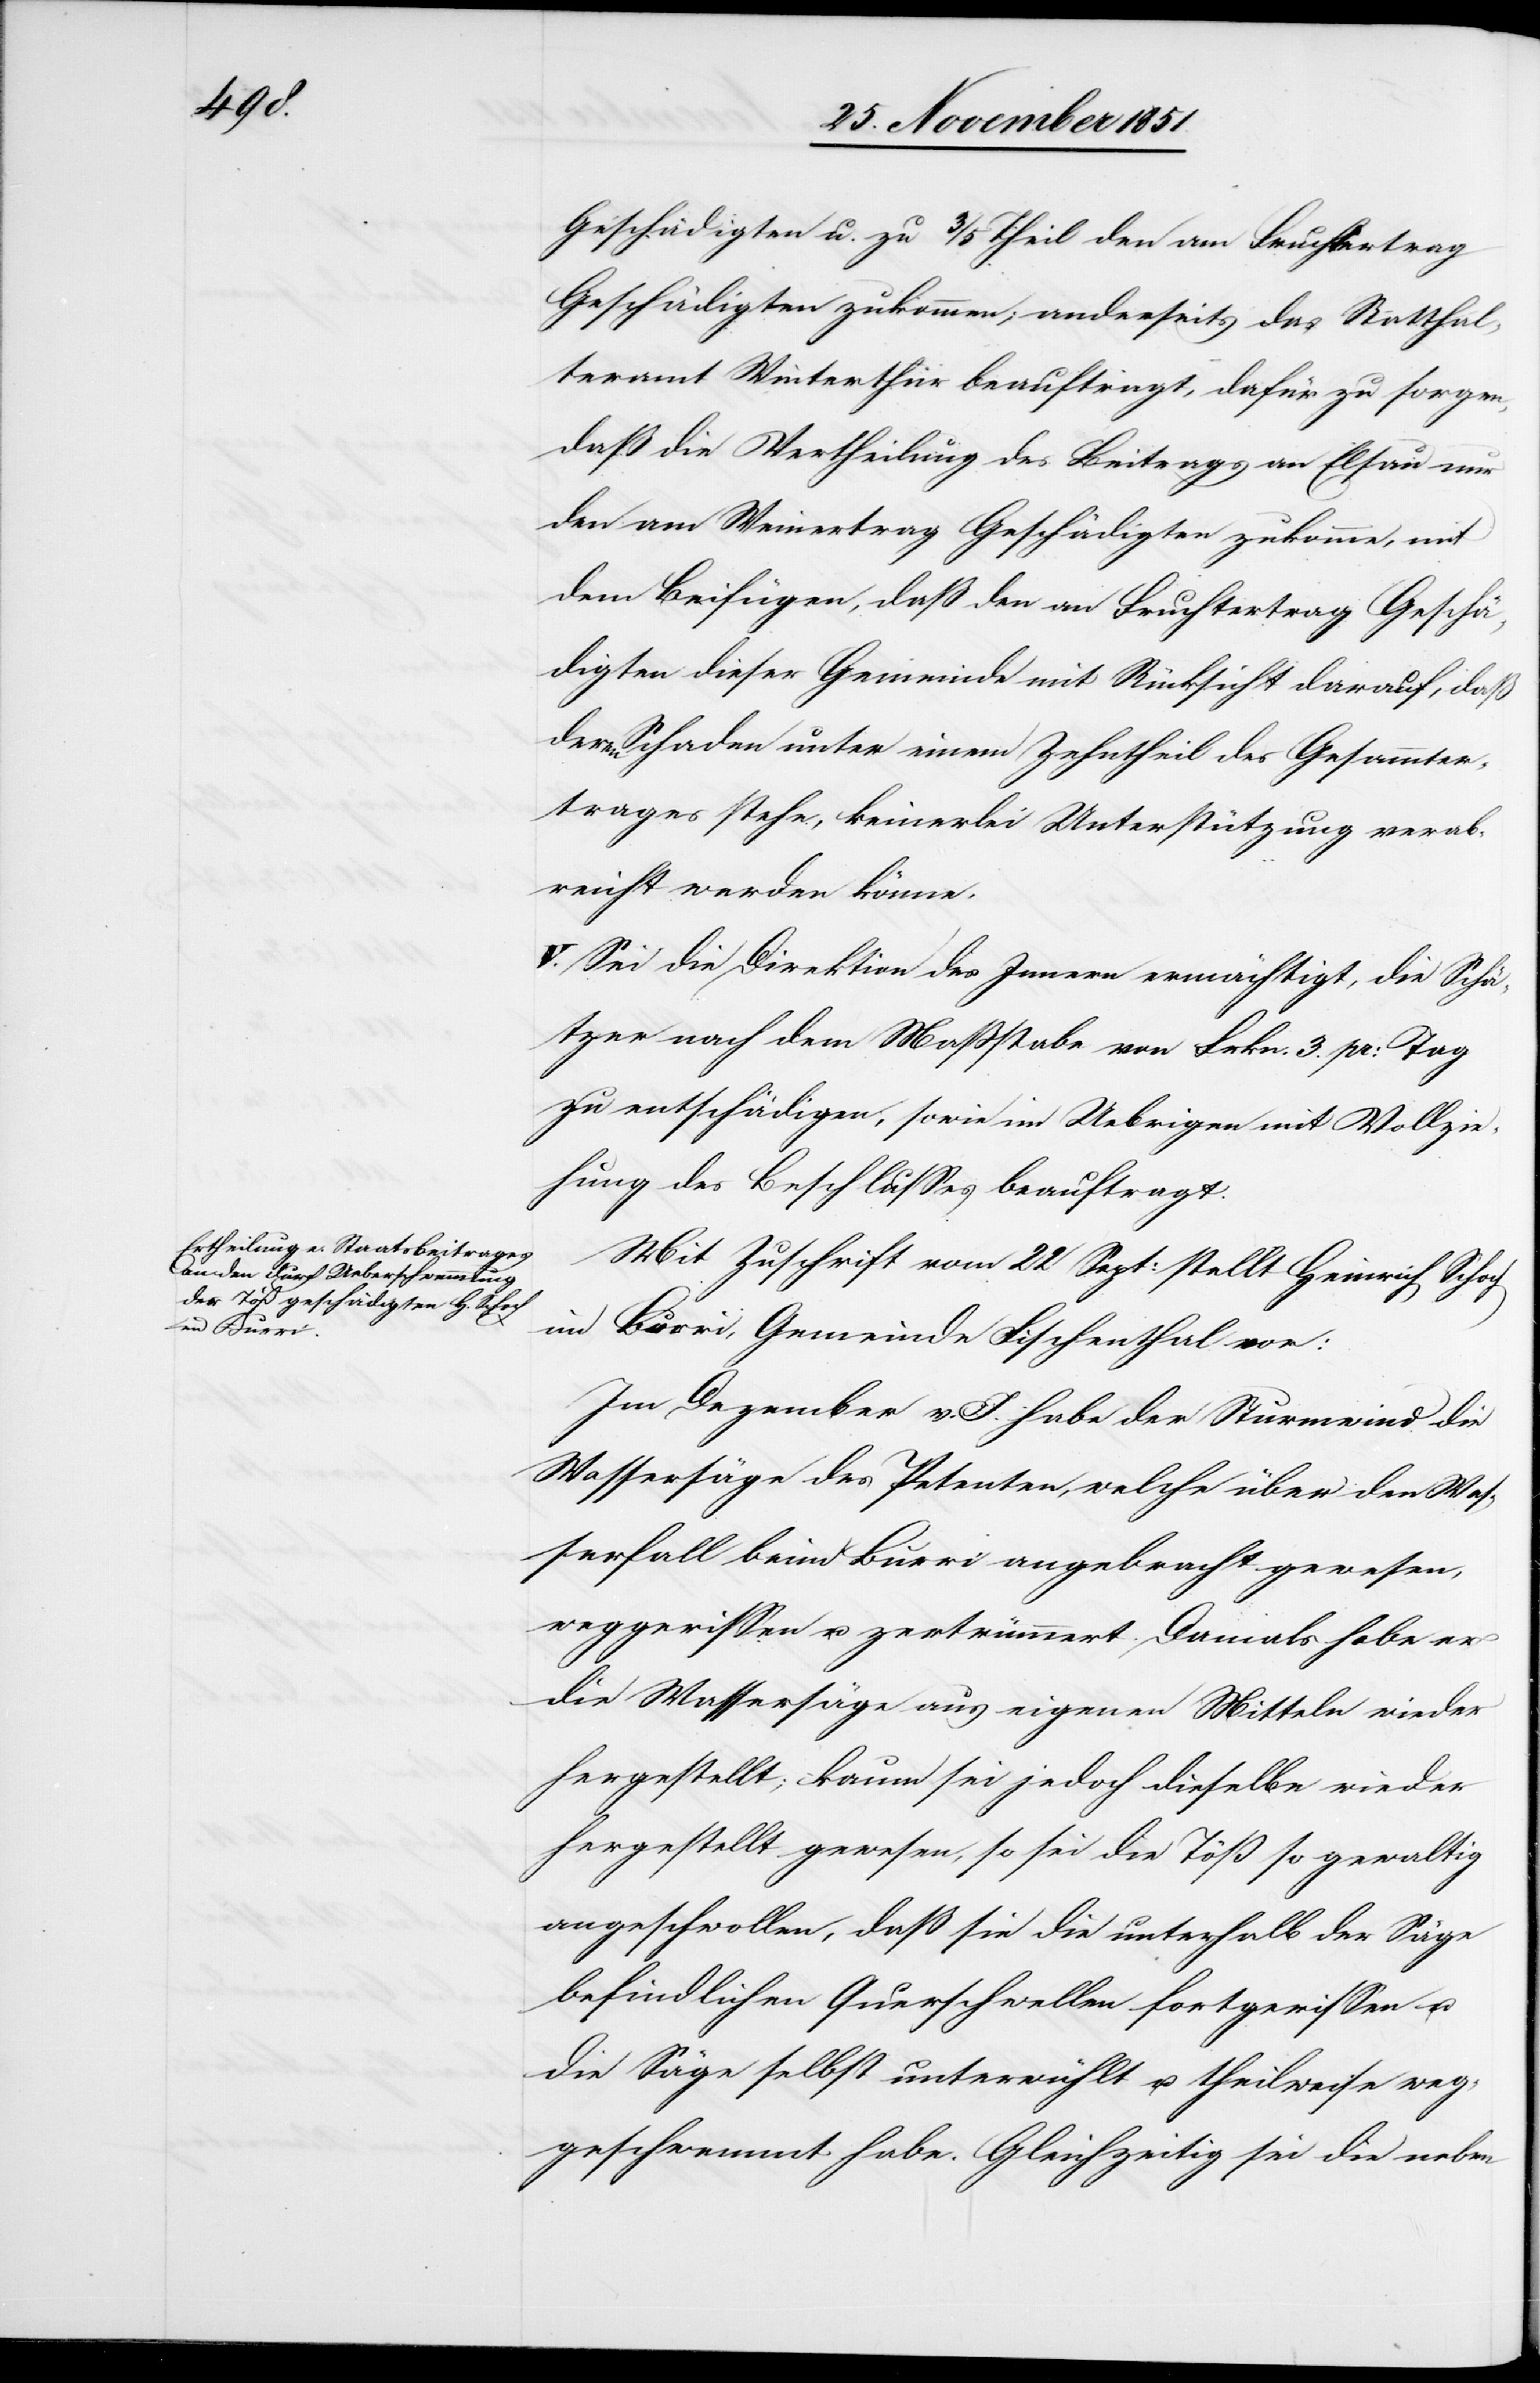
Geschädigten u. zu 3/5 Theil den am Fruchtertrag
Geschädigten zukommen; anderseits das Statthal¬
teramt Winterthur beauftragt, dafür zu sorgen,
daß die Vertheilung des Beitrags an Elsau nur
den am Weinertrag Geschädigten zukomme, mit
dem Beifügen, daß den am Fruchtertrag Geschä¬
digten dieser Gemeinde mit Rücksicht darauf, daß
deren Schaden unter einem Zehntheil des Gesammter¬
trages stehe, keinerlei Unterstützung verab¬
reicht werden könne.
V. Sei die Direktion des Innern ermächtigt, die Schä¬
tzer nach dem Maßstabe von Frkn. 3. pr: Tag
zu entschädigen, sowie im Uebrigen mit Vollzie¬
hung des Beschlusses beauftragt.
Mit Zuschrift vom 22 Sept: stellt Heinrich Schoch
im Burri, Gemeinde Fischenthal vor:
Im Dezember v. J. habe der Sturmwind die
Wassersäge des Petenten, welche über den Was¬
serfall beim Burri angebracht gewesen,
weggerissen u. zertrümmert. Damals habe er
die Wassersäge aus eigenen Mitteln wieder
hergestellt; kaum sei jedoch dieselbe wieder
hergestellt gewesen, so sei die Töß so gewaltig
angeschwollen, daß sie die unterhalb der Säge
befindlichen Querschwellen fortgerissen u.
die Säge selbst unterwühlt u. theilweise weg¬
geschwemmt habe. Gleichzeitig sei die neben